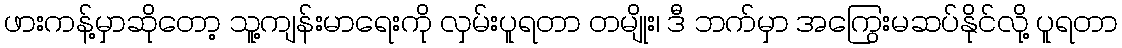
ဖားကန့်မှာဆိုတော့ သူ့ကျန်းမာရေးကို လှမ်းပူရတာ တမျိုး၊ ဒီ ဘက်မှာ အကြွေးမဆပ်နိုင်လို့ ပူရတာ